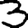
Digit: 3